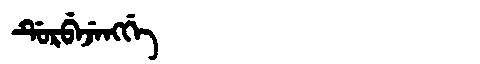
Manchu: ᡩᡠᡵᠪᡝᠵᡝᠩᡤᡝ
Romanization: DURBEJENGGE